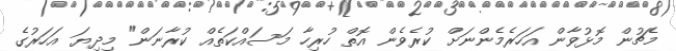
މެޗުން މޮޅުވާން އަހަރެމެންނަށް ކުރެވެން އޮތް ހުރިހާ މަސައްކަތެއް ކުރާނަން" މިދިޔަ އަހަރުގެ